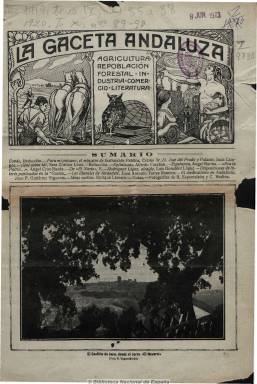
Título: La Gaceta andaluza
Colección: Revistas de información general
Ámbito geográfico: Jaén
Lugar de publicación: Alcaudete [Jaén]
Fechas: 01/09/1919-29/02/1920

Revista mensual de Alcaudete, aunque impresa en Jaén, que debió comenzar a publicarse en 1911. La colección de la Biblioteca Nacional contiene varios números de su segunda época, correspondiente a los años 1919 y 1920, siendo su propietario y director Enrique Mata Burgos. Bajo su cabecera, aparece la leyenda “agricultura, repoblación forestal, industria, comercio y literatura”, publicando artículos e informaciones sobre estos asuntos, la cultura, el arte  y la historia, viajes, biografías, teatro, asuntos locales, política, movimiento obrero, disposiciones de interés, así como textos de creación literaria, tanto en prosa como en verso, curiosidades y noticias varias. Inserta fotografías y anuncios publicitarios.